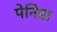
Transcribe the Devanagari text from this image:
पेनिडा